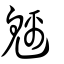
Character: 魑